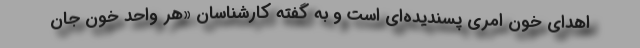
اهدای خون امری پسندیده‌ای است و به گفته کارشناسان «هر واحد خون جان